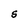
Character: S